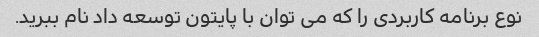
نوع برنامه کاربردی را که می توان با پایتون توسعه داد نام ببرید.